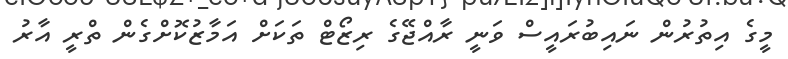
މީގެ އިތުރުން ނައިބުރައީސް ވަނީ ރާއްޖޭގެ ރިޒޯޓް ތަކަށް އަމާޒުކޮށްގެން ތްރީ އާރު